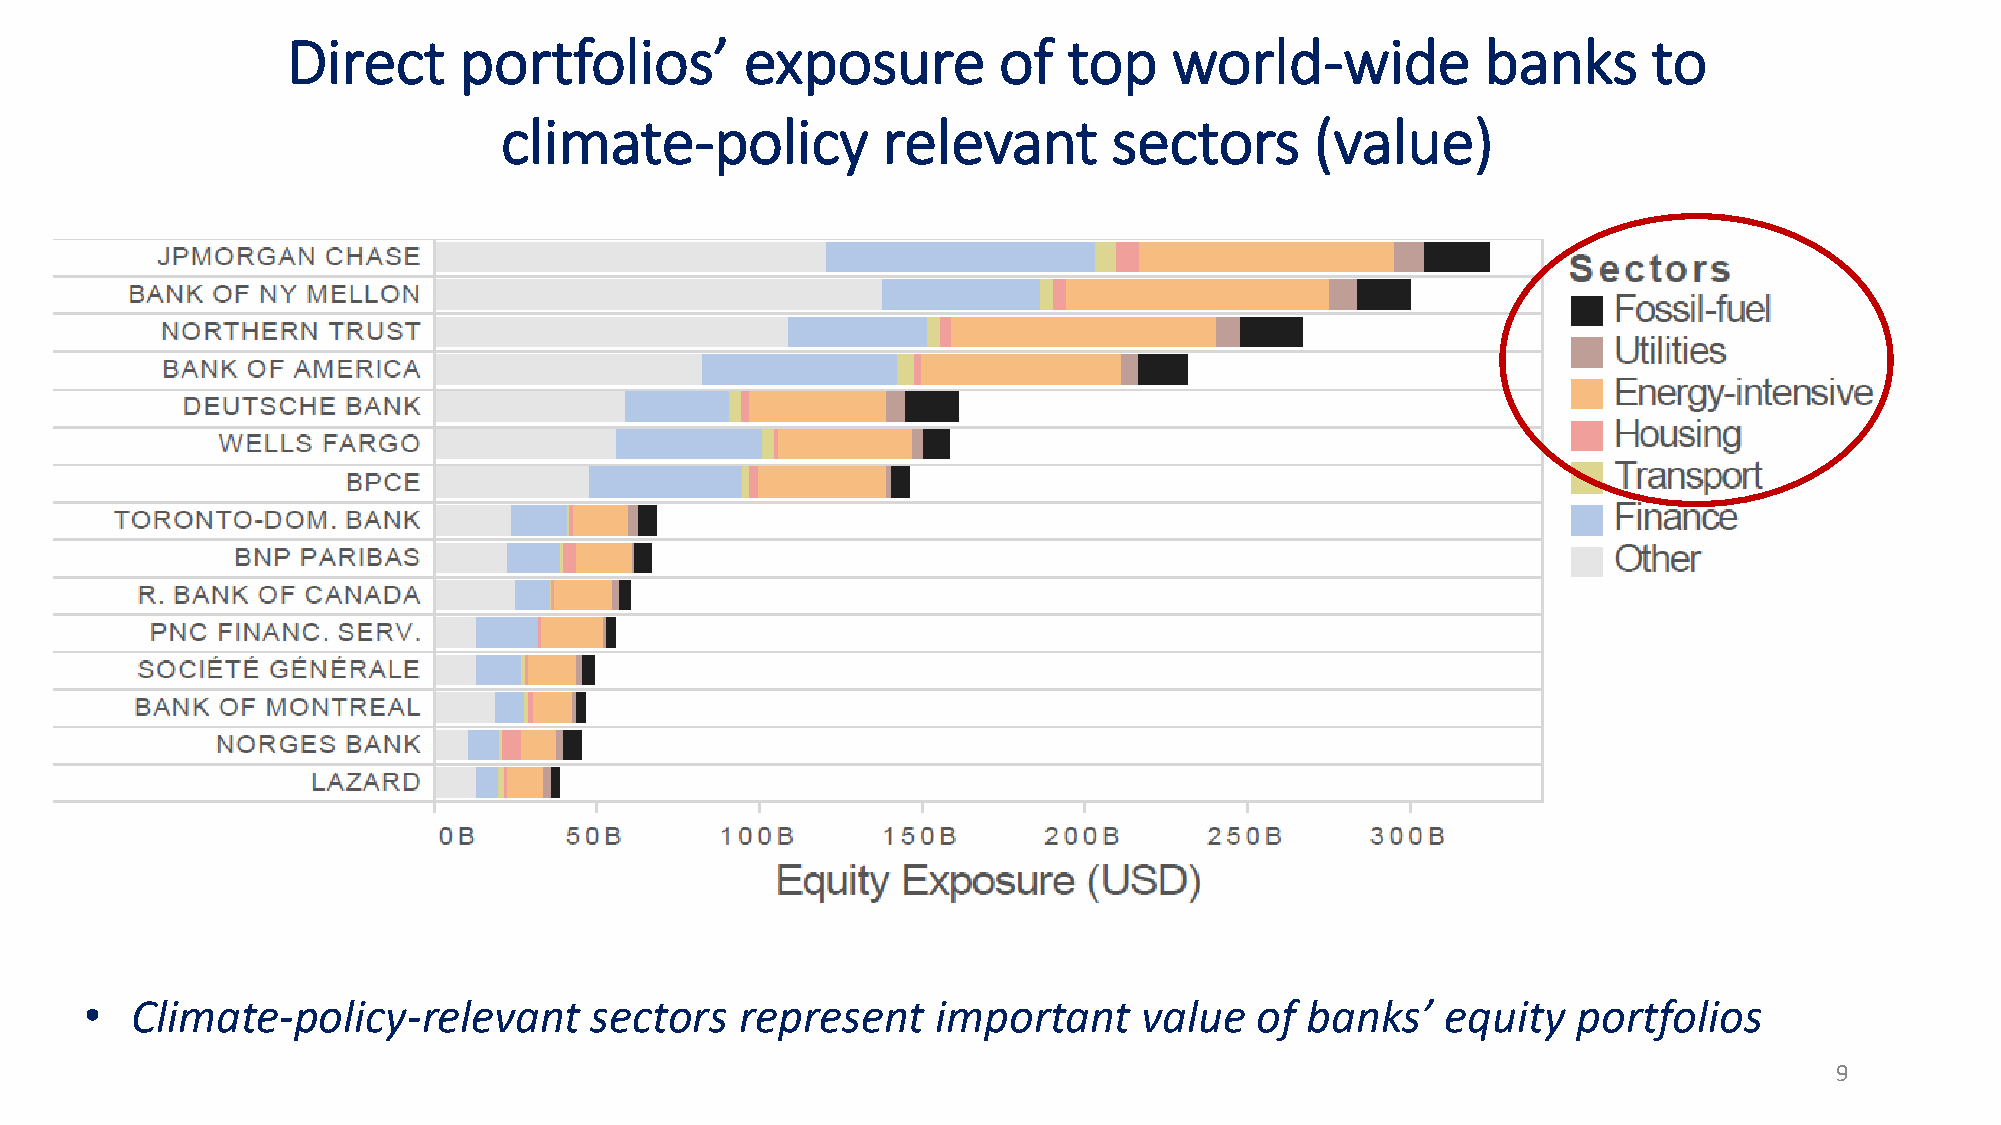
Direct     portfolios’        exposure         of   top    world-wide          banks      to
 climate-policy           relevant        sectors      (value)
 •  Climate-policy-relevant       sectors   represent    important     value  of  banks’   equity  portfolios
 9